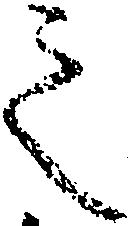
之